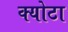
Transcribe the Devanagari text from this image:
क्योटा